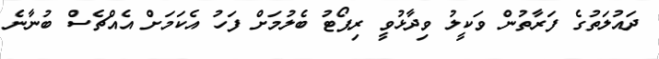
ދައުލަތުގެ ފަރާތުން ވަކީލު ވިދާޅުވީ ރިޕޯޓު ބެލުމަށް ފަހު އެކަމަށް އެއްޗެސް ބުނާނެ